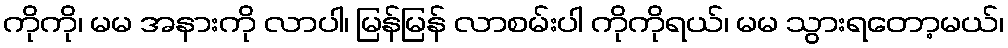
ကိုကို၊ မမ အနားကို လာပါ၊ မြန်မြန် လာစမ်းပါ ကိုကိုရယ်၊ မမ သွားရတော့မယ်၊